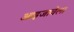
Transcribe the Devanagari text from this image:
आइजावेला